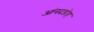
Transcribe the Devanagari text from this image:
आंनदडोह